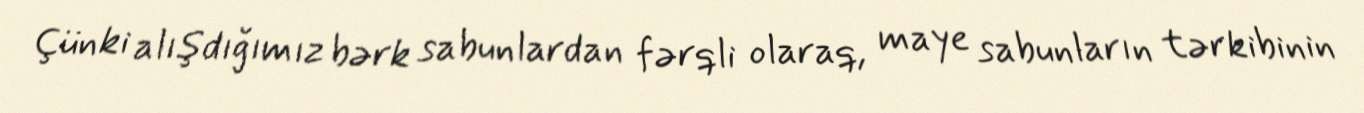
Çünki alışdığımız bərk sabunlardan fərqli olaraq, maye sabunların tərkibinin